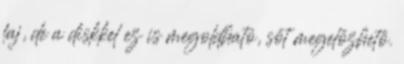
faj, de a diskkel ez is megoldható, sőt megelőzhető.